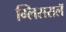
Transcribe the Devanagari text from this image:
ग्लिसरालॅ